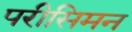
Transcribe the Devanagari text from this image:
परीसिमन